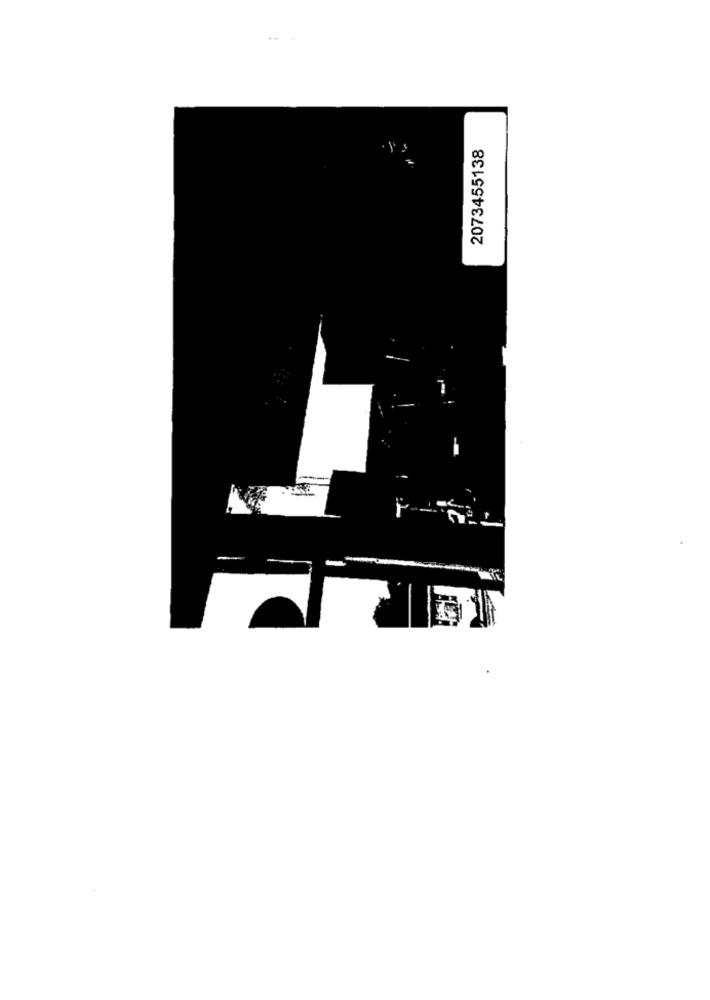
2073455138
---